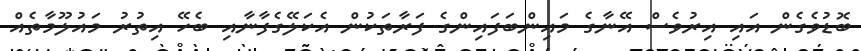
ބޮޑުވެގެން އައި އިރުވެސް އޭނާގެ މައިންބަފައިންގެ ފަރާތަކުން އެކަލޭގެފާނާއި ބެހޭ އިތުރު މައުލޫމާތެއް